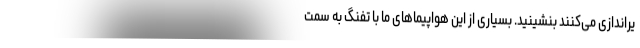
یراندازی می‌کنند بنشینید. بسیاری از این هواپیماهای ما با تفنگ به سمت